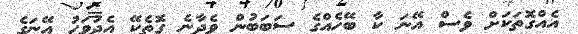
އެއްގޮތަކަށް ވެސް އޭނަ ކާ ބޭހެއްގެ ސަބަބުން ވެދާނެ ގޮތެކޭ އެދުވަހު އޭނަގެ